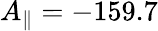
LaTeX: A_{\parallel}=-159.7